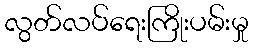
လွတ်လပ်ရေးကြိုးပမ်းမှု